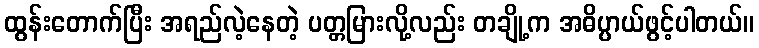
ထွန်းတောက်ပြီး အရည်လဲ့နေတဲ့ ပတ္တမြားလို့လည်း တချို့က အဓိပ္ပာယ်ဖွင့်ပါတယ်။